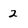
Character: 2